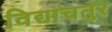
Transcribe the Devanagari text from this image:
विद्याचतुर